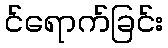
င်ရောက်ခြင်း